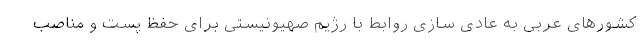
کشورهای عربی به عادی سازی روابط با رژیم صهیونیستی برای حفظ پست و مناصب